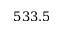
5 3 3 . 5